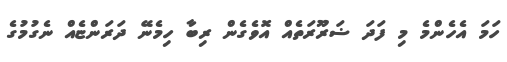
ހަމަ އެހެންމެ މި ފަދަ ޟަރޫރަތެއް އޮވެގެން ރިބާ ހިމެނޭ ދަރަންޏެއް ނެގުމުގެ